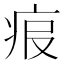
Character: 𤵧